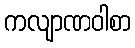
ကလျာဏဝါစာ